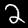
Label: 2